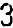
3